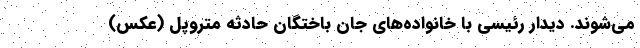
می‌شوند. دیدار رئیسی با خانواده‌های جان باختگان حادثه متروپل (عکس)